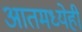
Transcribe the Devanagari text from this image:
आतमध्येही